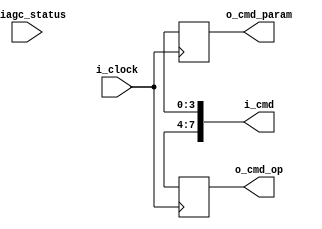
`timescale 1ns / 1ps `default_nettype none

module command_unit #(
    parameter IAGC_STATUS_SIZE = 4,
    parameter CMD_PARAM_SIZE   = 4,
    parameter DATA_SIZE        = 8
) (
    input  wire                            i_clock,
    input  wire [IAGC_STATUS_SIZE - 1 : 0] i_iagc_status,
    output wire [DATA_SIZE        - 1 : 0] i_cmd,
    output wire [CMD_PARAM_SIZE   - 1 : 0] o_cmd_op,
    output wire [CMD_PARAM_SIZE   - 1 : 0] o_cmd_param
);

  localparam IAGC_STATUS_RESET = 4'b0000;
  localparam IAGC_STATUS_INIT = 4'b0001;
  localparam IAGC_STATUS_IDLE = 4'b0010;
  localparam IAGC_STATUS_SAMPLE = 4'b0011;
  localparam IAGC_STATUS_CMD_PARSE = 4'b0100;
  localparam IAGC_STATUS_CMD_READ = 4'b0101;
  localparam IAGC_STATUS_CMD_ERROR = 4'b0110;
  localparam IAGC_STATUS_DUMP_REF = 4'b0111;
  localparam IAGC_STATUS_DUMP_ERR = 4'b1000;
  localparam IAGC_STATUS_CLEAN_MEM = 4'b1001;
  localparam IAGC_STATUS_SET_MEM = 4'b1010;
  localparam IAGC_STATUS_SET_DEC = 4'b1011;
  localparam IAGC_STATUS_HALT = 4'b1100;

  reg [CMD_PARAM_SIZE - 1 : 0] cmd_op;
  reg [CMD_PARAM_SIZE - 1 : 0] cmd_param;

  always @(posedge i_clock) begin
    cmd_param <= i_cmd[3 : 0];
    cmd_op    <= i_cmd[7 : 4];
  end

  assign o_cmd_op    = cmd_op;
  assign o_cmd_param = cmd_param;

endmodule

`default_nettype wire